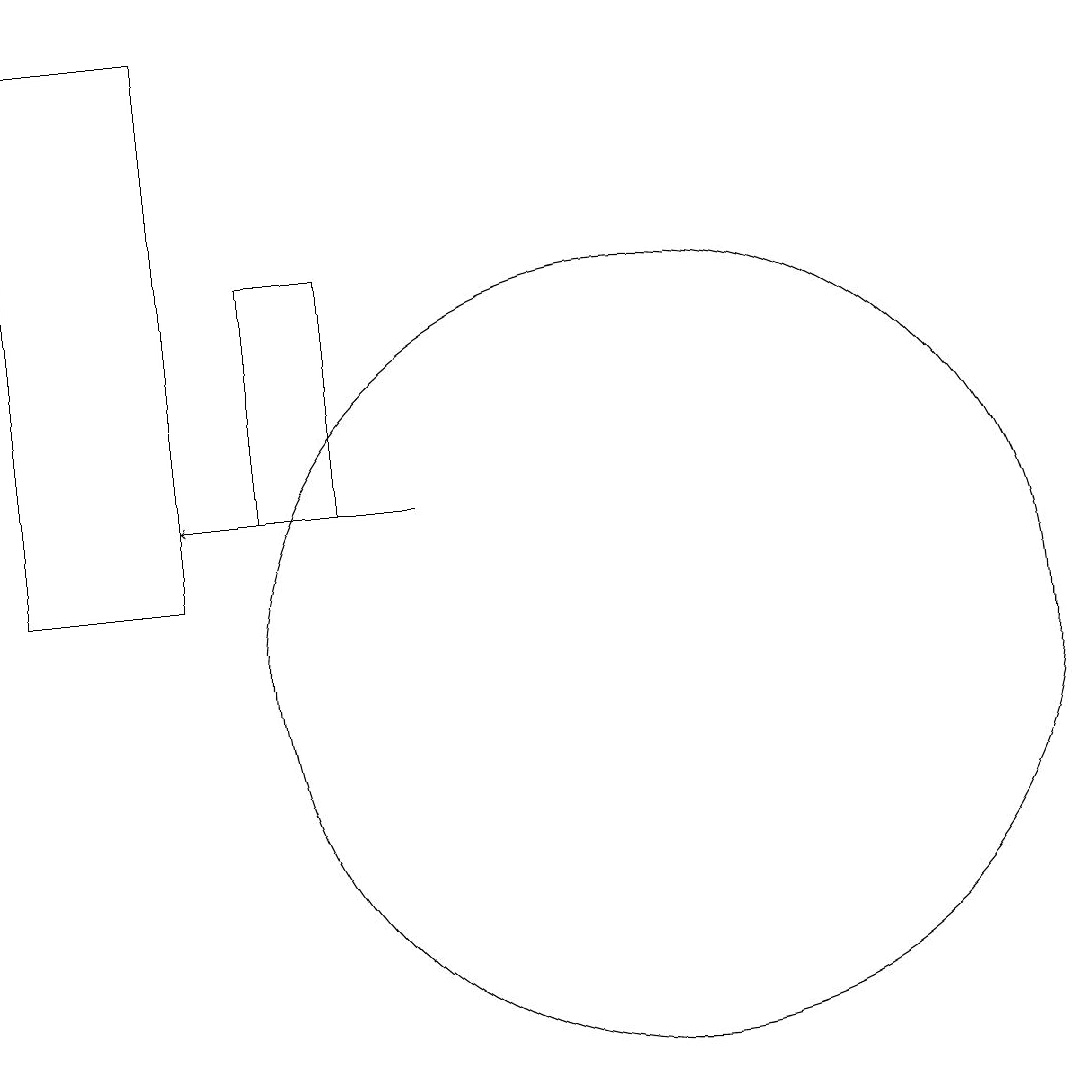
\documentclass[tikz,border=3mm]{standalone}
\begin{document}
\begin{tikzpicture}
\draw (2,11) rectangle (4,18);
\draw[->] (7,12) -- (4,12);
\draw (10,10) circle (5);
\draw (5,12) rectangle (6,15);
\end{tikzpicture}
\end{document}